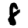
Digit: 8